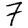
Digit: 7